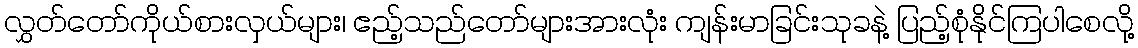
လွှတ်တော်ကိုယ်စားလှယ်များ၊ ဧည့်သည်တော်များအားလုံး ကျန်းမာခြင်းသုခနဲ့ ပြည့်စုံနိုင်ကြပါစေလို့